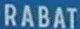
RABAT